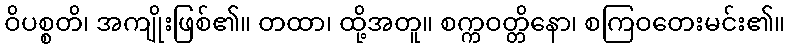
ဝိပစ္စတိ၊ အကျိုးဖြစ်၏။ တထာ၊ ထို့အတူ။ စက္ကဝတ္တိနော၊ စကြဝတေးမင်း၏။